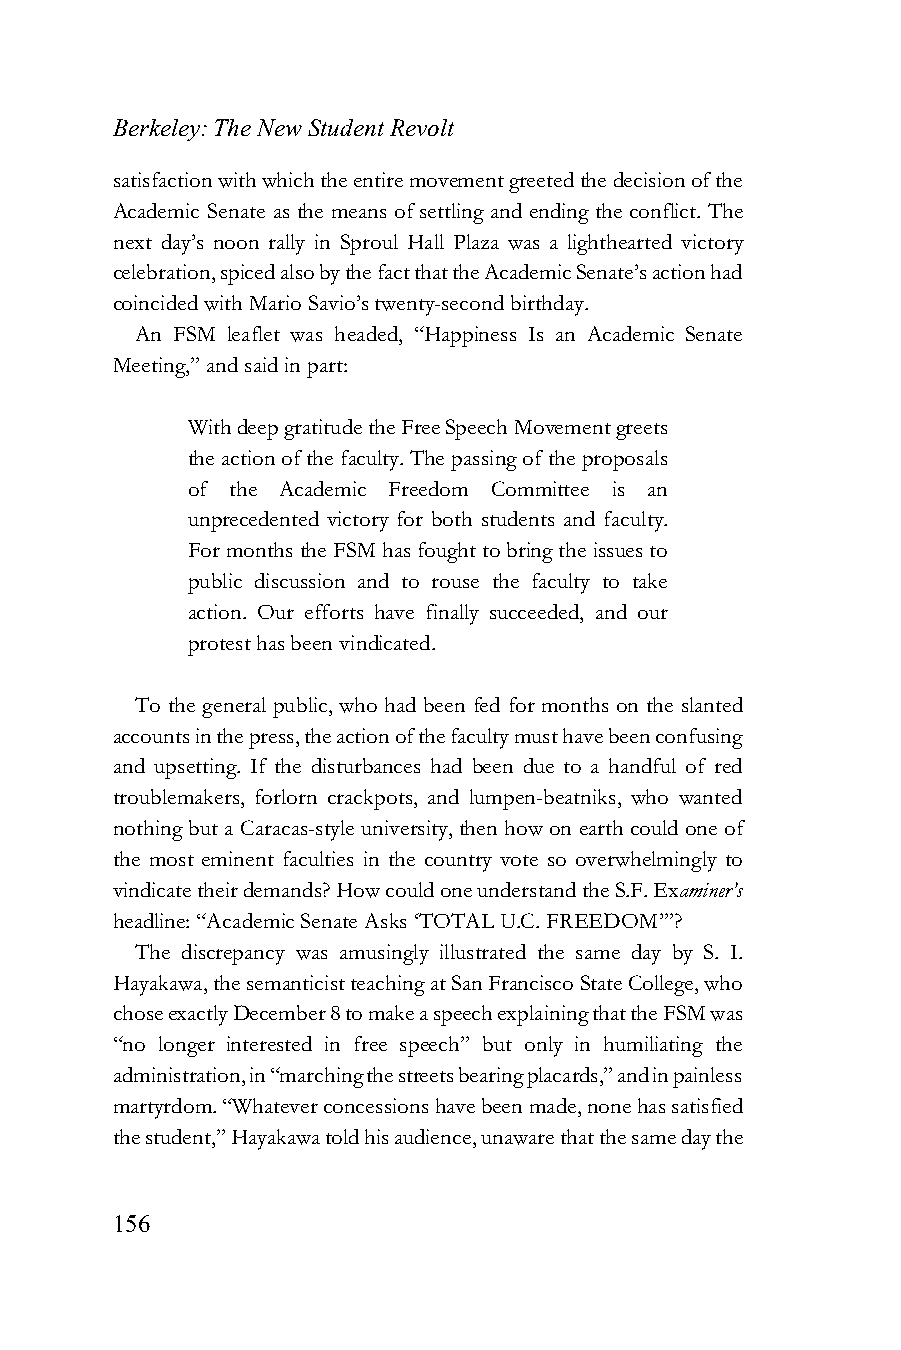
Berkeley: The New Student Revolt
 satisfaction with which the entire movement greeted the decision of the
 Academic Senate as the means of settling and ending the conflict. The
 next day’s noon rally in Sproul Hall Plaza was a lighthearted victory
 celebration, spiced also by the fact that the Academic Senate’s action had
 coincided with Mario Savio’s twenty-second birthday.
 An FSM leaflet was headed, “Happiness Is an Academic Senate
 Meeting,” and said in part:
 With deep gratitude the Free Speech Movement greets
 the action of the faculty. The passing of the proposals
 of the Academic Freedom Committee is an
 unprecedented victory for both students and faculty.
 For months the FSM has fought to bring the issues to
 public discussion and to rouse the faculty to take
 action. Our efforts have finally succeeded, and our
 protest has been vindicated.
 To the general public, who had been fed for months on the slanted
 accounts in the press, the action of the faculty must have been confusing
 and upsetting. If the disturbances had been due to a handful of red
 troublemakers, forlorn crackpots, and lumpen-beatniks, who wanted
 nothing but a Caracas-style university, then how on earth could one of
 the most eminent faculties in the country vote so overwhelmingly to
 vindicate their demands? How could one understand the S.F. Examiner’s
 headline: “Academic Senate Asks ‘TOTAL U.C. FREEDOM’”?
 The discrepancy was amusingly illustrated the same day by S. I.
 Hayakawa, the semanticist teaching at San Francisco State College, who
 chose exactly December 8 to make a speech explaining that the FSM was
 “no longer interested in free speech” but only in humiliating the
 administration, in “marching the streets bearing placards,” and in painless
 martyrdom. “Whatever concessions have been made, none has satisfied
 the student,” Hayakawa told his audience, unaware that the same day the
 156